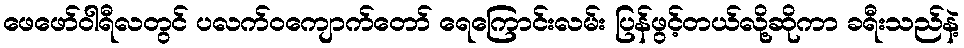
ဖေဖော်ဝါရီလတွင် ပလက်ဝကျောက်တော် ရေကြောင်းလမ်း ပြန်ဖွင့်တယ်လို့ဆိုကာ ခရီးသည်နဲ့